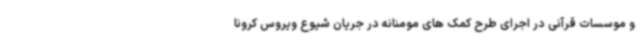
و موسسات قرآنی در اجرای طرح کمک های مومنانه در جریان شیوع ویروس کرونا